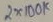
Text: 2X100K